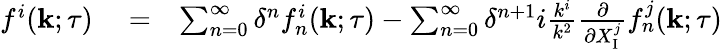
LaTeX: \begin{array}{rlr}{f^{i}({\mathbf{k}};\tau)}&{{}=}&{\sum_{n=0}^{\infty}\delta^{n}f_{n}^{i}({\mathbf{k}};\tau)-\sum_{n=0}^{\infty}\delta^{n+1}i\frac{k^{i}}{k^{2}}\frac{\partial}{\partial X_{\mathrm{{I}}}^{j}}f_{n}^{j}({\mathbf{k}};\tau)}\end{array}